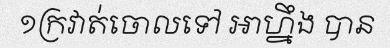
១ក្រវាត់ចោលទៅ អាហ្នឹង បាន